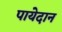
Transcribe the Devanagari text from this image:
पायेदान